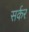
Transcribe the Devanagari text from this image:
सर्कर